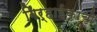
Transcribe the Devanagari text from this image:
गिर्‍हाईकांची